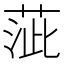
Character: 𦴢